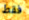
فقط